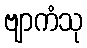
ဗျာကံသု